Papaver somniferum - Opium : an extract from the sixth volume of the Dictionary of Economic Products of India
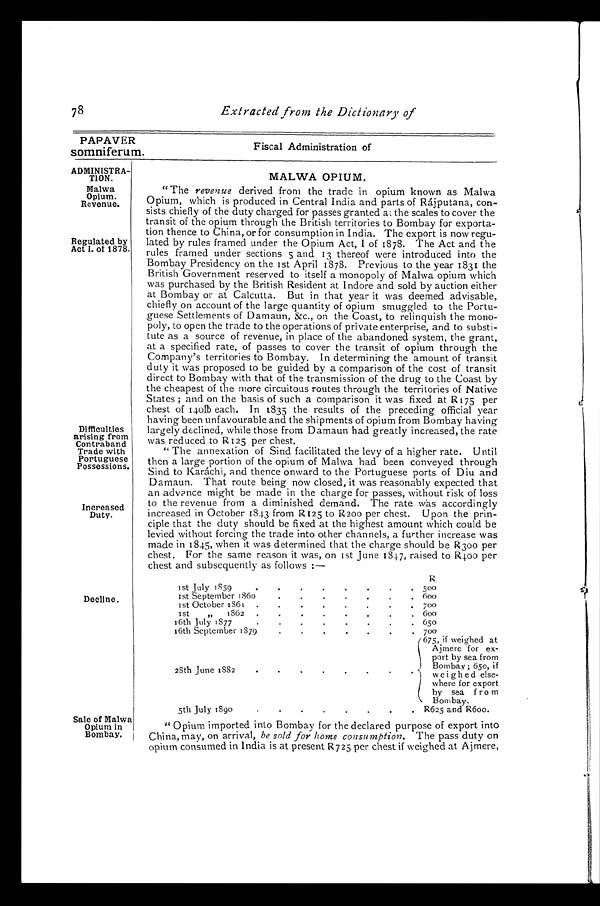
Fiscal Administration of
PAPAVER
somniferum.
78
Extracted from the Dictionary of
ADMINISTRA-
TION.
Malwa
Opium.
Revenue.
Regulated by
Act I. of 1878.
Difficulties
arising from
Contraband
Trade with
Portuguese
Possessions.
Increased
Duty.
Decline.
Sale of Malwa
Opium in
Bombay.
MALWA OPIUM.
"The revenue derived from the trade in opium known as Malwa
Opium, which is produced in Central India and parts of Rájputana, con
-sists chiefly of the duty charged for passes granted at the scales to cover the
transit of the opium through the British territories to Bombay for exporta
-tion thence to China, or for consumption in India. The export is now regu
-lated by rules framed under the Opium Act, I of 1878. The Act and the
rules framed under sections 5 and 13 thereof were introduced into the
Bombay Presidency on the 1st April 1878. Previous to the year 1831 the
British Government reserved to itself a monopoly of Malwa opium which
was purchased by the British Resident at I ndore and sold by auction either
at Bombay or at Calcutta. But in that year it was deemed advisable,
chiefly on account of the large quantity of opium smuggled to the Portu
-guese Settlements of Damaun, &c., on the Coast, to relinquish the mono
-poly, to open the trade to the operations of private enterprise, and to substi
-tute as a source of revenue, in place of the abandoned system, the grant,
at a specified rate, of passes to cover the transit of opium through the
Company's territories to Bombay. In determining the amount of transit
duty it was proposed to be guided by a comparison of the cost of transit
direct to Bombay with that of the transmission of the drug to the Coast by
the cheapest of the more circuitous routes through the territories of Native
States ; and on the basis of such a comparison it was fixed at R175 per
chest of 140lb each. In 1835 the results of the preceding official year
having been unfavourable and the shipments of opium from Bombay having
largely declined, while those from Damaun had greatly increased, the rate
was red urea to R125 per chest.
"The annexation of Sind facilitated the levy of a higher rate. Until
then a large portion of the opium of Malwa had been conveyed through
Sind to Karáchi, and thence onward to the Portuguese ports of Diu and
Damaun. That route being now closed, it was reasonably expected that
an advance might be made in the charge for passes, without risk of loss
to the revenue from a diminished demand. The rate was accordingly
increased in October 1843 from R125 to R200 per chest. Upon the prin
-ciple that the duty should be fixed at the highest amount which could be
levied without forcing the trade into other channels, a further increase was
made in 1845, when it was determined that the charge should be R300 per
chest. For the same reason it was, on 1st June 1847, raised to R4.00 per
chest and subsequently as follows :—
ist July 1859 . . .
R
1st .September 1860 . . .
600
I st Oct ober 1861 . . .
700
1st
„ 1862 . . .
600
16th July 1877 . . .
6 5 0
16th September 1879 . . .
700
28th June 1882 . . .
675, if weighed at
Ajmere for ex-
port by sea from
Bombay ; 650, if
weighed else-
where for export
by sea from
Bombay.
5th July 1890 . . .
R625 and R600.
"Opium imported into Bombay for the declared purpose of export into
China, may, on arrival, be sold for home consumption. The pass duty on
opium consumed in India is at present R725 per chest if weighed at Ajmere,